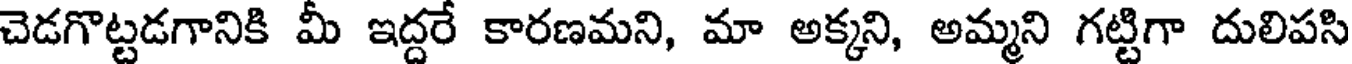
చెడగొట్టడగానికి మీ ఇద్దరే కారణమని, మా అక్కని, అమ్మని గట్టిగా దులిపసి